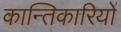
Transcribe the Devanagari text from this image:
कान्तिकारियों